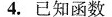
4.已知函数